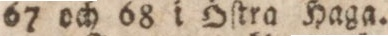
67 och 68 i Öſtra Haga.